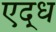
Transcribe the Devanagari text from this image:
एद्ध